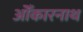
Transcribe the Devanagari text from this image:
ओँकारनाथ